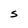
Character: S